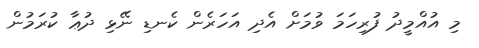
މި އުއްމީދު ފުރިހަމަ ވުމަށް އެދި އަހަރެން ކެނޑި ނޭޅި ދުޢާ ކުރަމުން